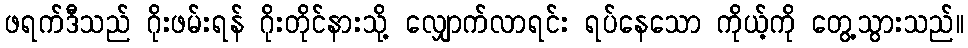
ဖရက်ဒီသည် ဂိုးဖမ်းရန် ဂိုးတိုင်နားသို့ လျှောက်လာရင်း ရပ်နေသော ကိုယ့်ကို တွေ့သွားသည်။